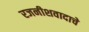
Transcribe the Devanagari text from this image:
रजनीशवादाचे